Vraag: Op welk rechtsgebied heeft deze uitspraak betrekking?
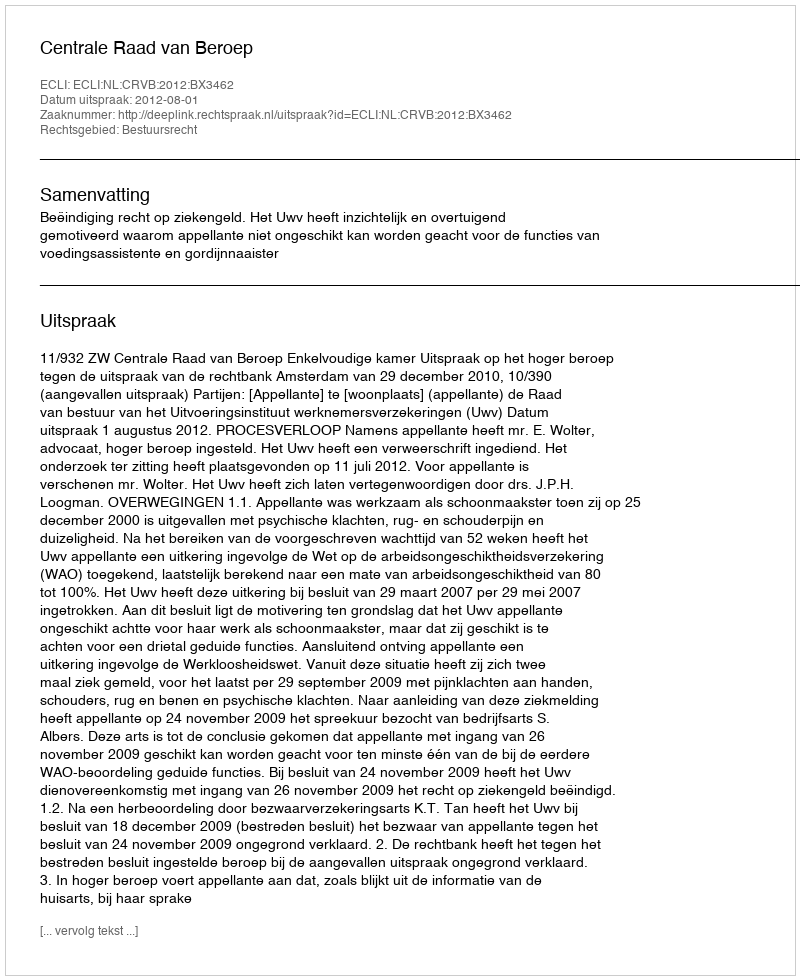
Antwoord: Bestuursrecht